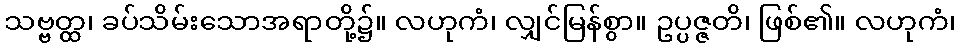
သဗ္ဗတ္ထ၊ ခပ်သိမ်းသောအရာတို့၌။ လဟုကံ၊ လျှင်မြန်စွာ။ ဥပ္ပဇ္ဇတိ၊ ဖြစ်၏။ လဟုကံ၊